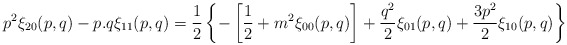
\begin{align*}p^2\xi_{20}(p,q) - p.q\xi_{11}(p,q) = {1\over 2}\left\{-\left[{1\over 2}+ m^2 \xi_{00}(p,q)\right] + {q^2\over 2} \xi_{01}(p,q) +{3p^2\over 2} \xi_{10}(p,q)\right\}\end{align*}